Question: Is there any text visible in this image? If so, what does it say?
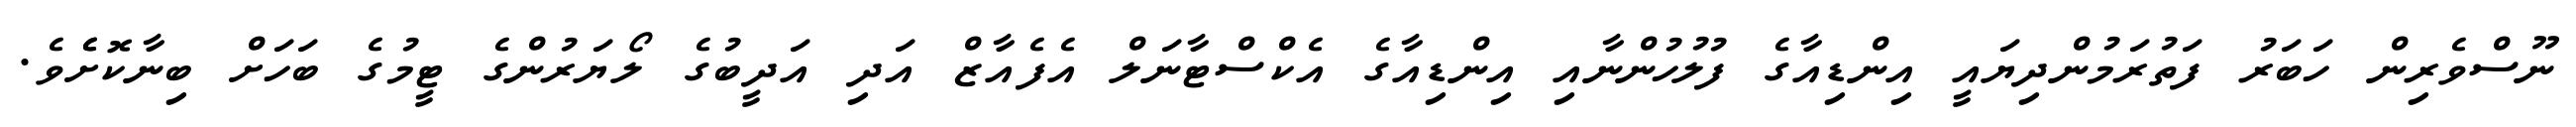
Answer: ނޫސްވެރިން ހަބަރު ފަތުރަމުންދިޔައީ އިންޑިއާގެ ފުލުހުންނާއި އިންޑިއާގެ އެކްސްޓާނަލް އެފެއާޒް އަދި އަދީބުގެ ލޯޔަރުންގެ ޓީމުގެ ބަހަށް ބިނާކޮށެެވެ.